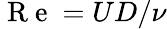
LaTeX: \mathrm{~R~e~}={UD}/{\nu}